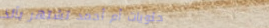
حلويات أم أحمد تشتهر بألذ